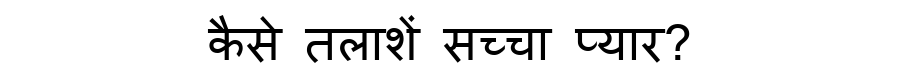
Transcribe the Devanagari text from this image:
कैसे तलाशें सच्चा प्यार?